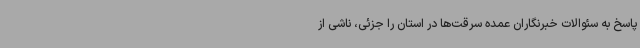
پاسخ به سئوالات خبرنگاران عمده سرقت‌ها در استان را جزئی، ناشی از